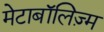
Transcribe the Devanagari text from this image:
मेटाबॉलिज़्म